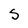
Character: S